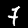
Digit: 7